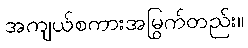
အကျယ်စကားအမြွက်တည်း။